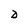
Character: D